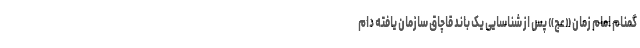
گمنام امام زمان «عج» پس از شناسایی یک باند قاچاق سازمان یافته دام